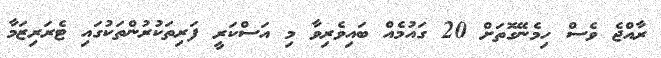
ރާއްޖެ ވެސް ހިމެނޭގޮތަށް 20 ގައުމެއް ބައިވެރިވާ މި އަސްކަރީ ފަރިތަކުރުންތަކުގައި ޓެރަރިޒަމާ